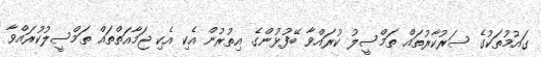
ގައުމުތަކުގެ ސަރުކާރުތައް ތަމްސީލު ކުރައްވާ ބޭފުޅުންގެ އިތުރުން އެކި އެކި ޖަމާއަތްތައް ތަމްސީލުކުރައްވާ